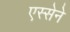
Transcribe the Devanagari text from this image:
एस्सेने